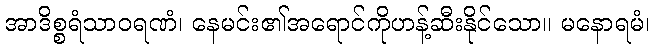
အာဒိစ္စရံသာဝရဏံ၊ နေမင်း၏အရောင်ကိုဟန့်ဆီးနိုင်သော။ မနောရမံ၊